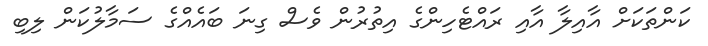
ކަންތަކަށް އާއިލާ އާއި ރައްޓެހިންގެ އިތުރުން ވެސް ގިނަ ބައެއްގެ ސަމާލުކަން ލިބި